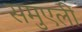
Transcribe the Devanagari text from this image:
समुएली